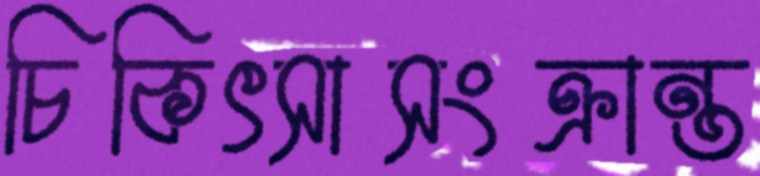
চিকিৎসাসংক্রান্ত